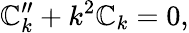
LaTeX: {\cal\mathbb{C}}_{k}^{\prime\prime}+k^{2}{\cal\mathbb{C}}_{k}=0,